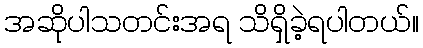
အဆိုပါသတင်းအရ သိရှိခဲ့ရပါတယ်။